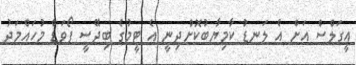
އީގަލްސް އަށް އެ ލަނޑު ކާމިޔާބުކޮށްދިނީ އެ ޓީމުގެ ބިދޭސީ ފޯވަޑް މުހައްމަދު